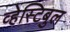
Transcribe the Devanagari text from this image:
व्हेस्टिबुल